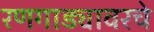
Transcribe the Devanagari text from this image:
रणगाड्यावरचे